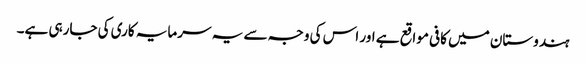
ہندوستان میں کافی مواقع ہے اور اس کی وجہ سے یہ سرمایہ کاری کی جارہی ہے۔